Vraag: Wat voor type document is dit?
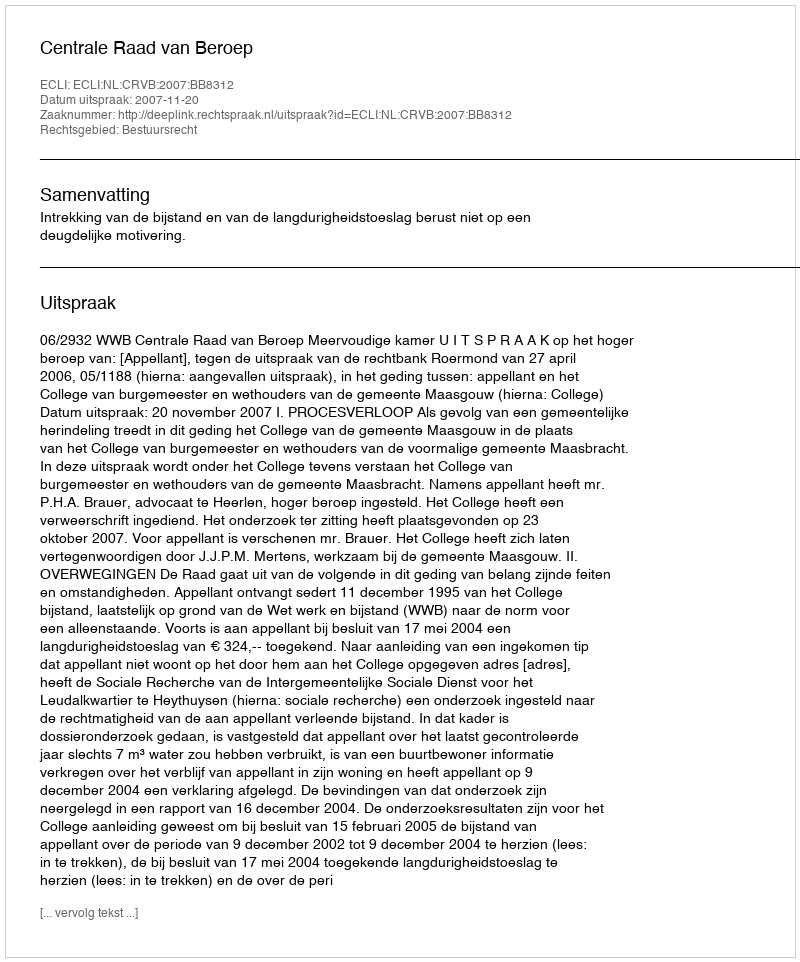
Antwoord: Uitspraak